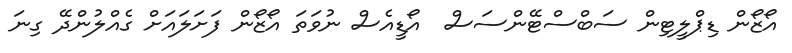
އޯޒޯން ޑިޕްލީޓިން ސަބްސްޓޭންސަސް  އޯޑީއެސް ނުވަތަ އޯޒޯން ފަށަލައަށް ގެއްލުންދޭ ގިނަ